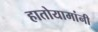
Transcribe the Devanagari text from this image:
हातोयामांनी